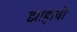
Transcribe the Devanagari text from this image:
झाहावी